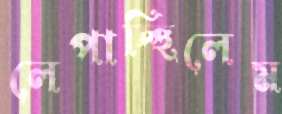
লেপাচ্ছিলেম